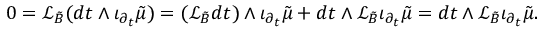
0 = \mathcal { L } _ { { \tilde { B } } } ( d t \wedge \iota _ { \partial _ { t } } { \tilde { \mu } } ) = ( \mathcal { L } _ { { \tilde { B } } } d t ) \wedge \iota _ { \partial _ { t } } { \tilde { \mu } } + d t \wedge \mathcal { L } _ { { \tilde { B } } } \iota _ { \partial _ { t } } { \tilde { \mu } } = d t \wedge \mathcal { L } _ { { \tilde { B } } } \iota _ { \partial _ { t } } { \tilde { \mu } } .